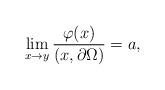
LaTeX: \begin{align*}\lim_{x \to y} \frac{\varphi(x)}{(x,\partial \Omega)} = a,\end{align*}